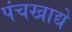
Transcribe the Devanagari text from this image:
पंचखाद्ये